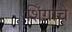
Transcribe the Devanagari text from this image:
शिंगांचे